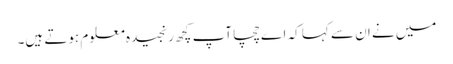
میں نے ان سے کہا کہ اے چچا آپ کچھ رنجیدہ معلوم ہوتے ہیں۔